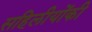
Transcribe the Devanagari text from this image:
सहिलीयोंकी